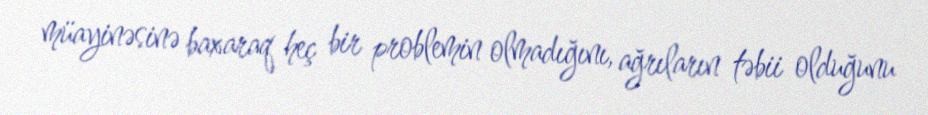
müayinəsinə baxaraq heç bir problemin olmadığını, ağrıların təbii olduğunu